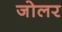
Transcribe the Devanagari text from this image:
जोलर